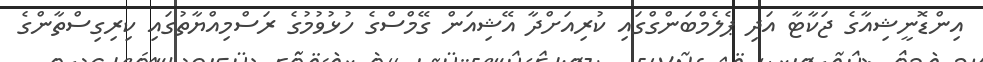
އިންޑޮނީޝިއާގެ ޖަކާޓާ އަދި ޕެލެމްބަންގްގައި ކުރިއަށްދާ އޭޝިއަން ގޭމްސްގެ ހުޅުވުމުގެ ރަސްމިއްޔާތުގައި ކިރިގިސްތާންގެ